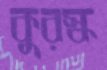
কুরস্ক